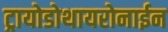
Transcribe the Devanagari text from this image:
ट्रायोडोथायरोनाईन